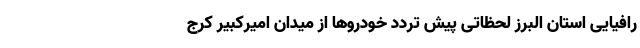
رافیایی استان البرز لحظاتی پیش تردد خودرو‌ها از میدان امیرکبیر کرج